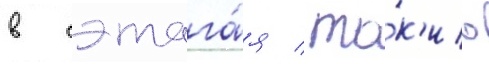
в сэтага́я / то́к'ио